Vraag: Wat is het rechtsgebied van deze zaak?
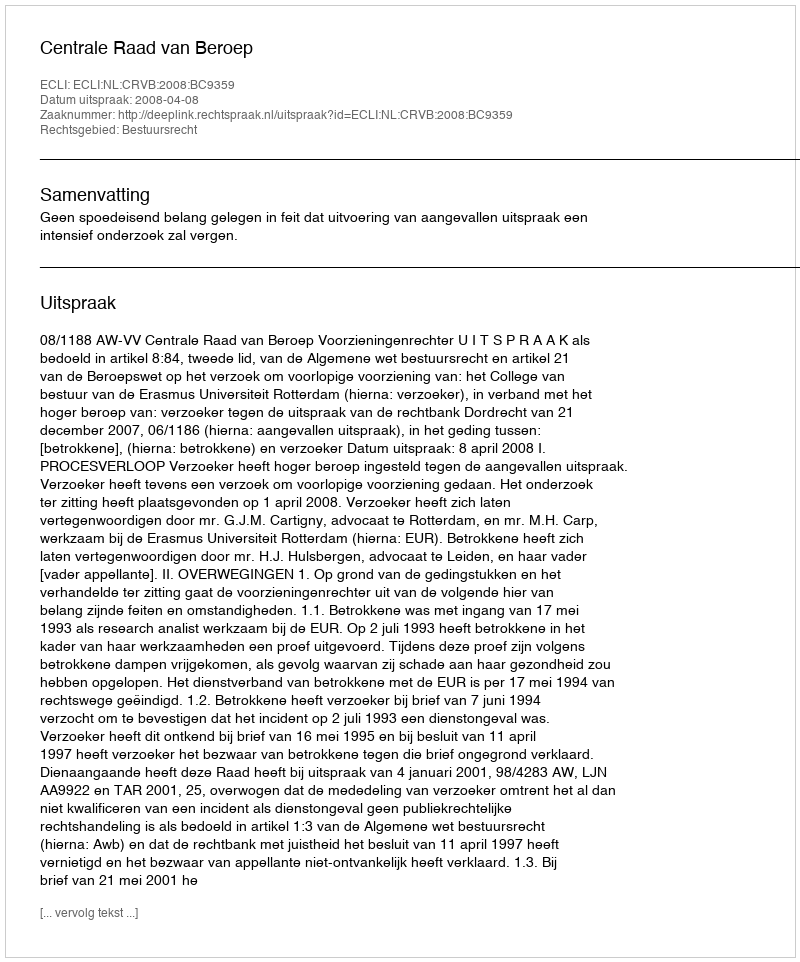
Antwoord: Bestuursrecht